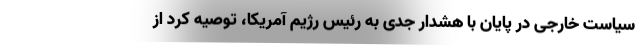
سیاست خارجی در پایان با هشدار جدی به رئیس رژیم آمریکا، توصیه کرد از